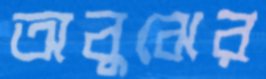
অবুঝের